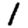
Digit: 1